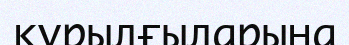
құрылғыларына